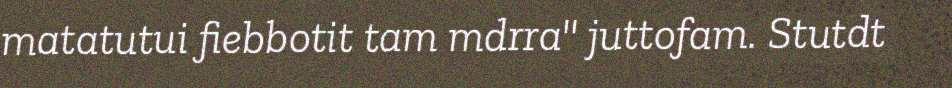
matatutui fiebbotit tam mdrra" juttofam. Stutdt